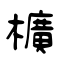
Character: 櫎